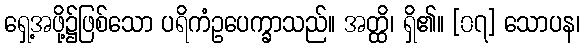
ရှေ့အဖို့၌ဖြစ်သော ပရိကံဥပေက္ခာသည်။ အတ္ထိ၊ ရှိ၏။ [၀၇] သောပန၊